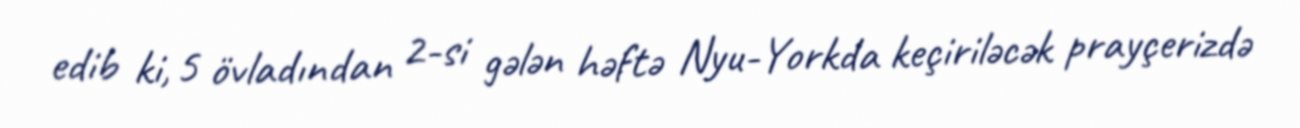
edib ki, 5 övladından 2-si gələn həftə Nyu-Yorkda keçiriləcək prayçerizdə